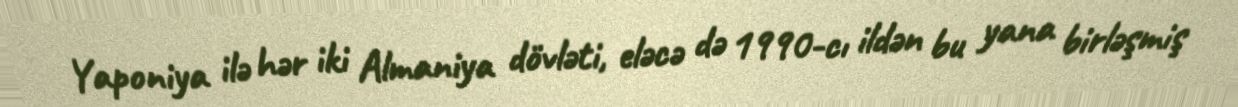
Yaponiya ilə hər iki Almaniya dövləti, eləcə də 1990-cı ildən bu yana birləşmiş